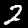
Digit: 2